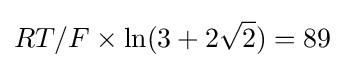
RT/F\times \ln(3+2{\sqrt {2}})=89